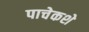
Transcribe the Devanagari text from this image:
पाचेकशे